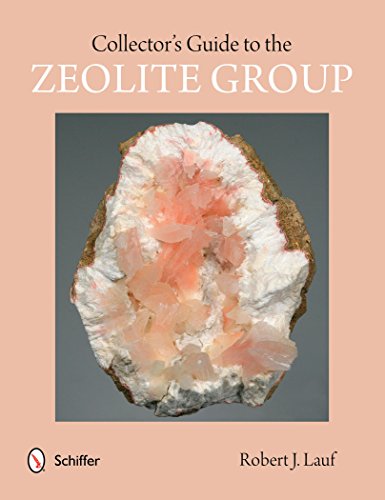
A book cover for Collector's Guide to the Zeolite Group (Schiffer Earth Science Monographs); Robert J. Lauf; Sports & Outdoors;